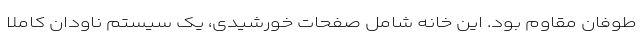
طوفان مقاوم بود. این خانه شامل صفحات خورشیدی، یک سیستم ناودان کاملاً